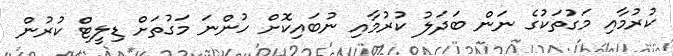
ކުރުމާއި މަގުތަކުގެ ނަން ބަދަލު ކުރުމާއި ނުބައިކޮށް ހުންނަ މަގުތަށް ޑިލީޓް ކުރުން